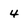
Character: 4